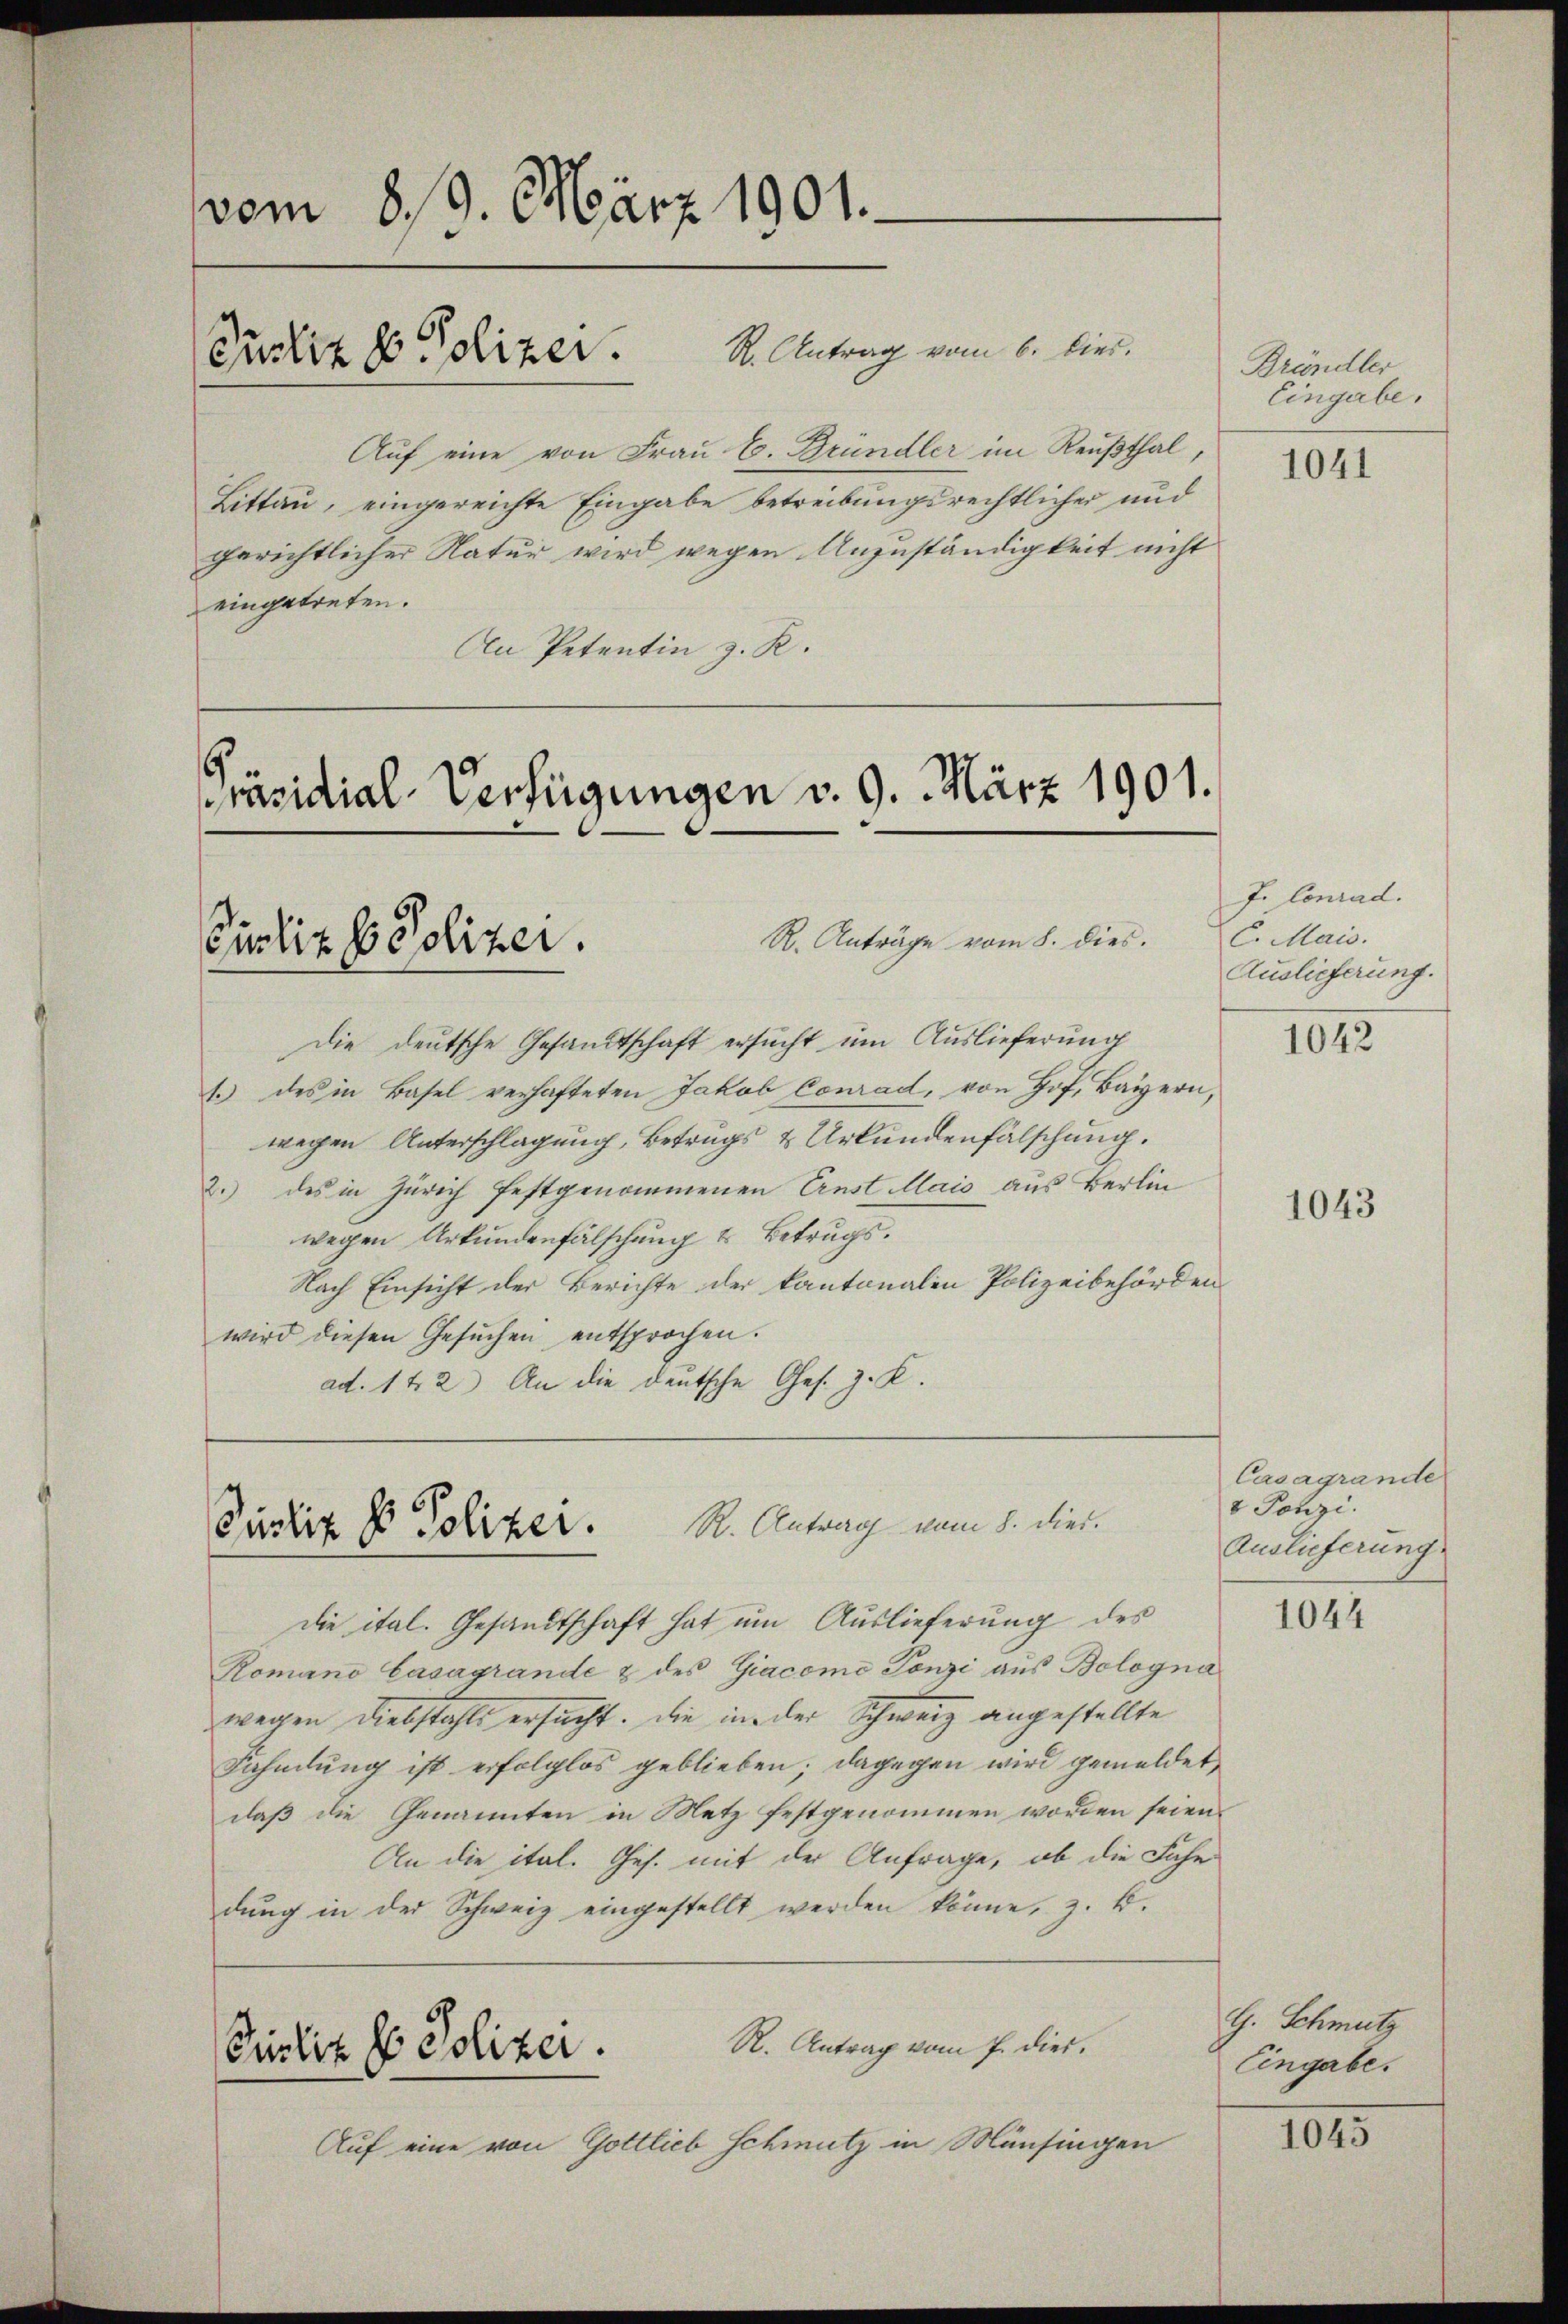
vom 8/19. März 1901.
Pustiz & Polizer. S. Antrag vom 6. Die.

Auf eine von Frau E. Gründler im Reußthal,
Littau, eingereichte Eingabe betreibungsrechtlicher und
gerichtlicher Natur wird wegen Anzuständigkeit nicht
eingetreten.
An Petentin z. R.

Curliz h Polizei.

Pästig ds Poliker. R. Antrag vom 1. dies

Präsidial-Verfügungen v. 9. März 1901.

R. Anträge vom 8. dies.
Die deutsche Gesandtschaft ersucht um Auslieferung
1.) des in Basel verhafteten Jakob Conrad, von Hof, Bayern,
wegen Unterschlagung, Betrugs & Urkundenfälschung.
2.) des in Zürich festgenommenen Ernst Mais aus Berlin
wegen Urkundenfälschung & Betrugs.
Nach Einsicht der Berichte der kantonalen Polizeibehörden
wird diesen Gesŭchen entsprochen.
ad. 142) An die deutsche Ges. z. K.

die ital. Gesandtschaft hat um Auslieferung des
Romano Casagrande & des Giacome Tonzi aus Bologna
wegen Diebstahls ersucht. Die in der Schweiz angestellte
Fahmlung ist erfolglos geblieben; dagegen wird gemeldet,
daß die Genannten in Metz festgenommen worden seien.
An die ital. Ges. mit der Anfrage, ob die Fahr
dŭng in der Schweiz eingestellt werden könne, z. B.
R. Antrag vom 7. dies
Ristik st. Polizei.
Auf eine von Gottlieb Schmutz in Münsingen

Brändler
Eingabe.

1041

J. Conrad.
C. Mais.
Auslieferung.

1042

1043

Casagrande
8 Penzi
Auslieferung.

1044

G. Schmutz
Eingabe.

1045